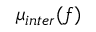
\mu _ { i n t e r } ( f )